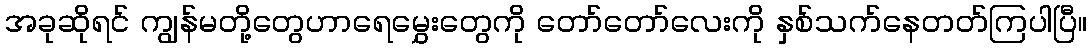
အခုဆိုရင် ကျွန်မတို့တွေဟာရေမွှေးတွေကို တော်တော်လေးကို နှစ်သက်နေတတ်ကြပါပြီ။